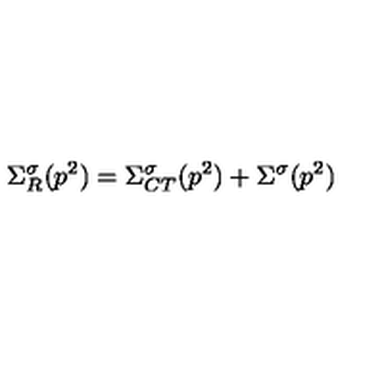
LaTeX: \Sigma _ { R } ^ { \sigma } ( p ^ { 2 } ) = \Sigma _ { C T } ^ { \sigma } ( p ^ { 2 } ) + \Sigma ^ { \sigma } ( p ^ { 2 } )